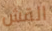
القش